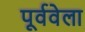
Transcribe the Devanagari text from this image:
पूर्ववेला